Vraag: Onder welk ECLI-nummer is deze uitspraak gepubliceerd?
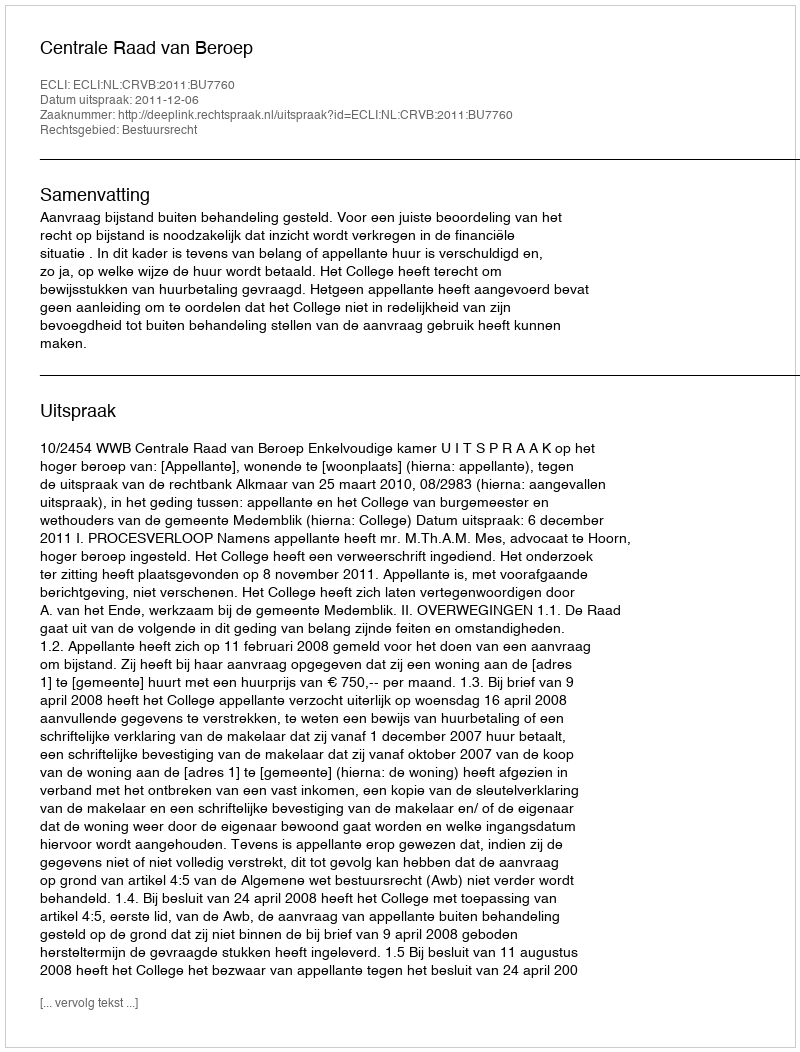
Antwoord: ECLI:NL:CRVB:2011:BU7760